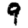
Digit: 9